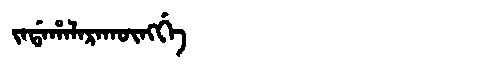
Manchu: ᠵᠠᡩᠠᡥᠠᠯᠠᡵᠠᡴᡡᠩᡤᡝ
Romanization: JADAHALARAKŪNGGE